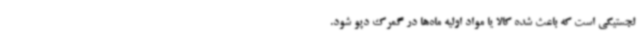
لجستیکی است که باعث شده کالا یا مواد اولیه ماه‌ها در گمرک دپو شود.